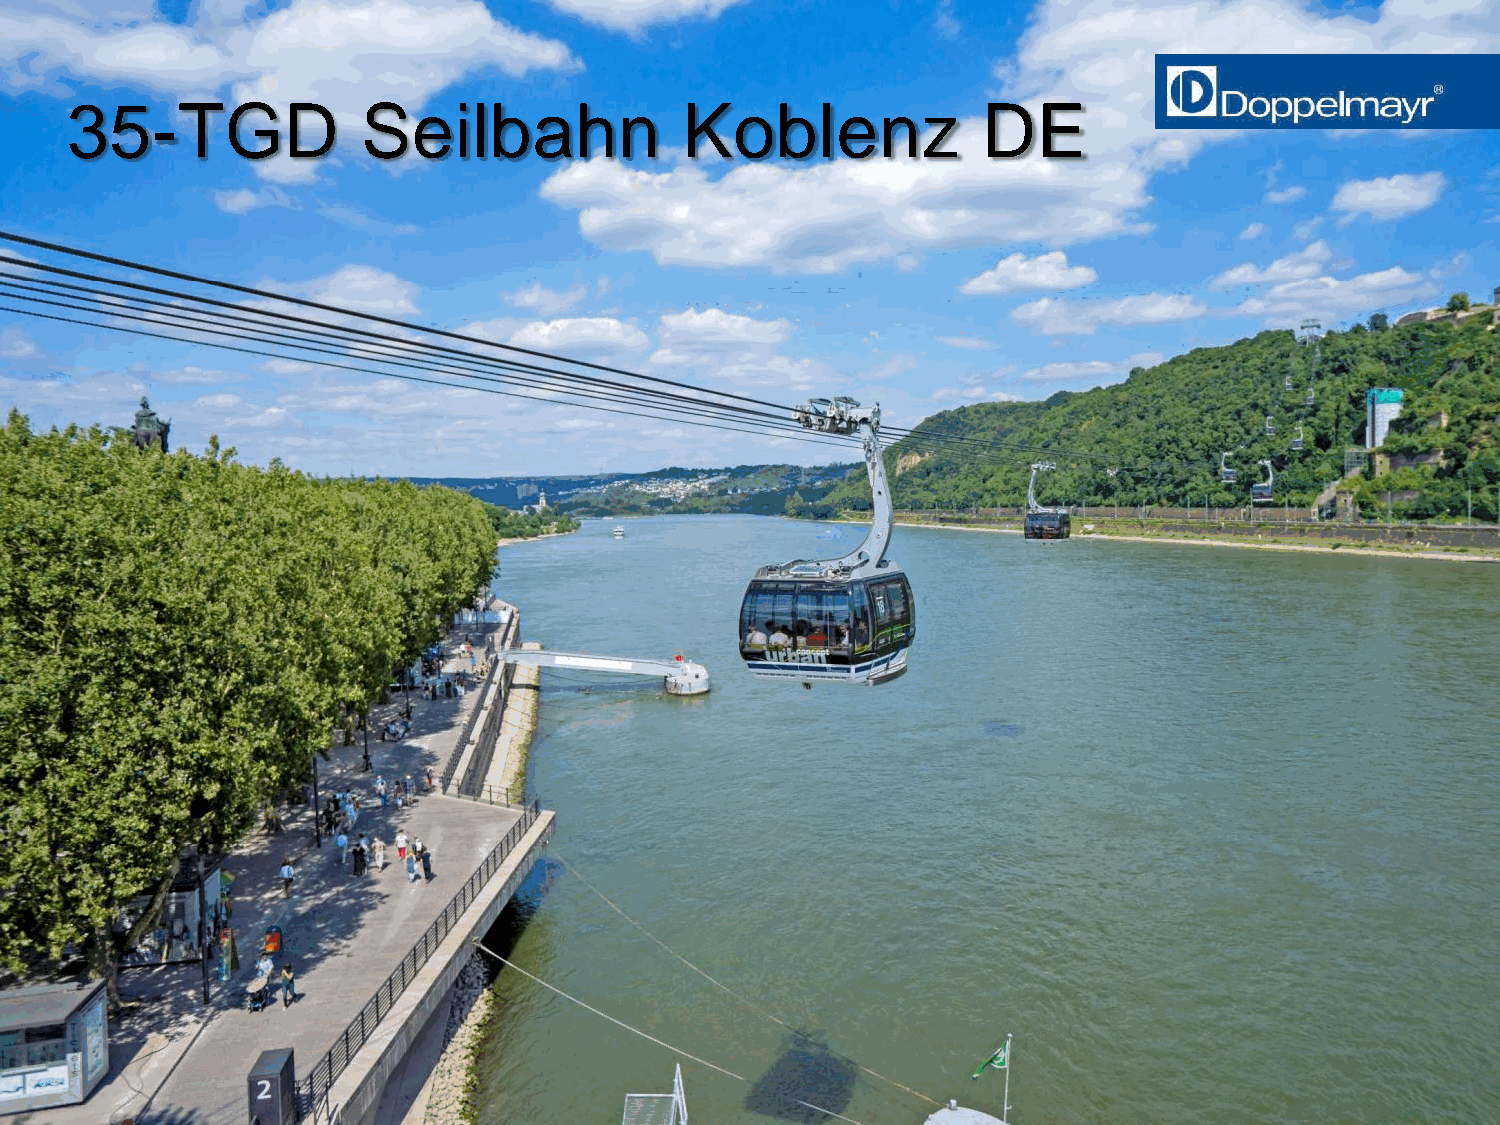
35-TGD              Seilbahn             Koblenz             DE
 Doppelmayr Urban Solutions | wolfram.auer@doppelmayr.com | Slide 30